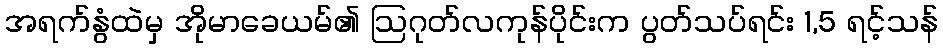
အရက်နွံထဲမှ အိုမာခေယမ်၏ ဩဂုတ်လကုန်ပိုင်းက ပွတ်သပ်ရင်း 1,5 ရင့်သန်